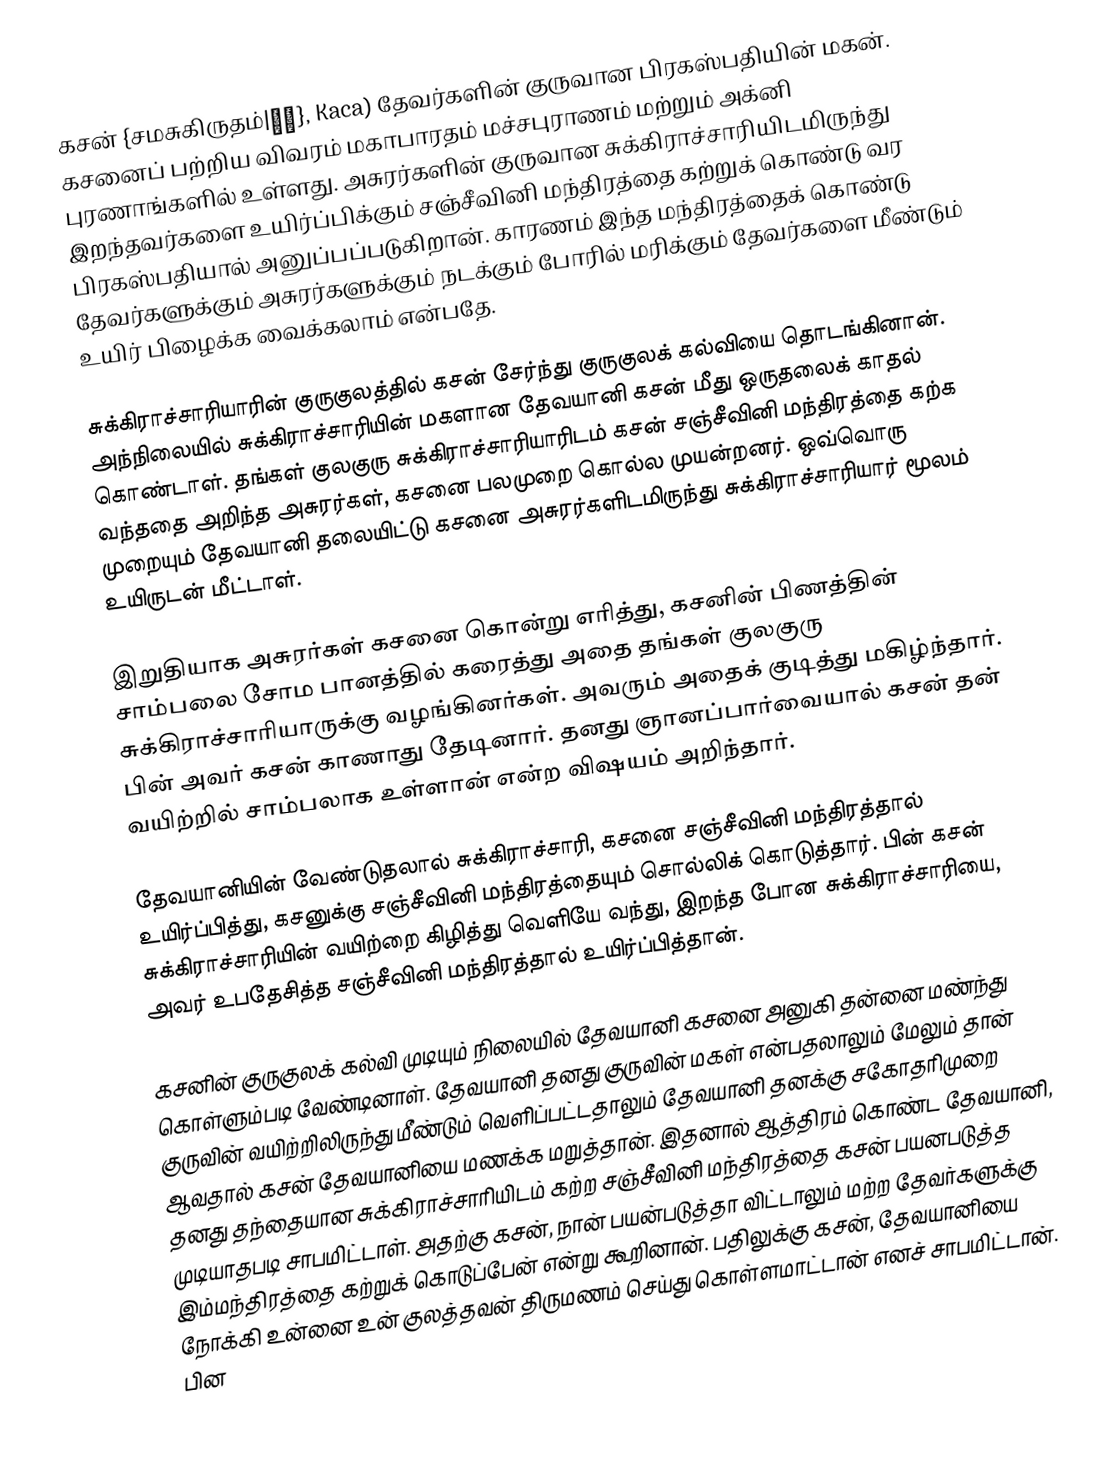
கசன் {சமசுகிருதம்|कच}, Kaca)  தேவர்களின் குருவான பிரகஸ்பதியின்  மகன். கசனைப் பற்றிய விவரம் மகாபாரதம் மச்சபுராணம் மற்றும் அக்னி புரணாங்களில் உள்ளது. அசுரர்களின் குருவான சுக்கிராச்சாரியிடமிருந்து இறந்தவர்களை உயிர்ப்பிக்கும் சஞ்சீவினி மந்திரத்தை கற்றுக் கொண்டு வர பிரகஸ்பதியால் அனுப்பப்படுகிறான். காரணம் இந்த மந்திரத்தைக் கொண்டு தேவர்களுக்கும் அசுரர்களுக்கும் நடக்கும் போரில் மரிக்கும் தேவர்களை மீண்டும் உயிர் பிழைக்க வைக்கலாம் என்பதே.

சுக்கிராச்சாரியாரின் குருகுலத்தில் கசன் சேர்ந்து குருகுலக் கல்வியை தொடங்கினான். அந்நிலையில் சுக்கிராச்சாரியின் மகளான தேவயானி கசன் மீது ஒருதலைக் காதல் கொண்டாள். தங்கள் குலகுரு சுக்கிராச்சாரியாரிடம் கசன் சஞ்சீவினி மந்திரத்தை கற்க வந்ததை அறிந்த அசுரர்கள், கசனை பலமுறை கொல்ல முயன்றனர். ஒவ்வொரு முறையும் தேவயானி தலையிட்டு கசனை அசுரர்களிடமிருந்து சுக்கிராச்சாரியார் மூலம் உயிருடன் மீட்டாள்.

இறுதியாக அசுரர்கள் கசனை கொன்று எரித்து, கசனின் பிணத்தின் சாம்பலை சோம பானத்தில் கரைத்து அதை தங்கள் குலகுரு சுக்கிராச்சாரியாருக்கு வழங்கினர்கள். அவரும் அதைக் குடித்து மகிழ்ந்தார். பின் அவர் கசன் காணாது தேடினார். தனது ஞானப்பார்வையால் கசன் தன் வயிற்றில் சாம்பலாக உள்ளான் என்ற விஷயம் அறிந்தார்.

தேவயானியின் வேண்டுதலால் சுக்கிராச்சாரி, கசனை சஞ்சீவினி மந்திரத்தால் உயிர்ப்பித்து, கசனுக்கு சஞ்சீவினி மந்திரத்தையும் சொல்லிக் கொடுத்தார். பின் கசன் சுக்கிராச்சாரியின் வயிற்றை கிழித்து வெளியே வந்து, இறந்த போன சுக்கிராச்சாரியை, அவர் உபதேசித்த சஞ்சீவினி மந்திரத்தால் உயிர்ப்பித்தான்.

கசனின் குருகுலக் கல்வி முடியும் நிலையில் தேவயானி கசனை அனுகி தன்னை மண்ந்து கொள்ளும்படி வேண்டினாள். தேவயானி தனது குருவின் மகள் என்பதலாலும் மேலும் தான் குருவின் வயிற்றிலிருந்து மீண்டும் வெளிப்பட்டதாலும் தேவயானி தனக்கு சகோதரிமுறை ஆவதால் கசன் தேவயானியை மணக்க மறுத்தான். இதனால் ஆத்திரம் கொண்ட தேவயானி, தனது தந்தையான சுக்கிராச்சாரியிடம் கற்ற சஞ்சீவினி மந்திரத்தை கசன் பயனபடுத்த முடியாதபடி சாபமிட்டாள். அதற்கு கசன், நான் பயன்படுத்தா விட்டாலும் மற்ற தேவர்களுக்கு இம்மந்திரத்தை கற்றுக் கொடுப்பேன் என்று கூறினான். பதிலுக்கு கசன், தேவயானியை நோக்கி உன்னை உன் குலத்தவன் திருமணம் செய்து கொள்ளமாட்டான் எனச் சாபமிட்டான். பின